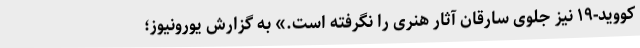
کووید-۱۹ نیز جلوی سارقان آثار هنری را نگرفته است.» به گزارش یورونیوز؛